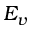
E _ { v }